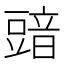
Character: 䜾